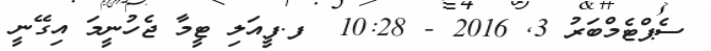
ސެޕްޓެމްބަރު 3